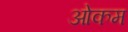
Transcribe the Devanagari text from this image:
ओकम